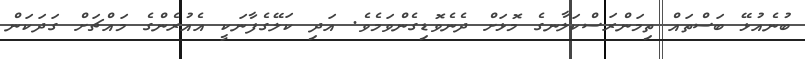
ބުނެއުޅޭ ބަސްތައް ތިމަންރަސްކަލާނގެ މޮޅަށް ދެނެވޮޑިގެންވަމެވެ. އަދި ކަލޭގެފާނަކީ އެއުރެންގެ މައްޗަށް ގަދަކަން